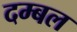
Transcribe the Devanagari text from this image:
दम्बल